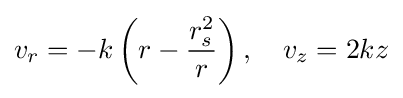
v_{r}=-k\left(r-{\frac {r_{s}^{2}}{r}}\right),\quad v_{z}=2kz